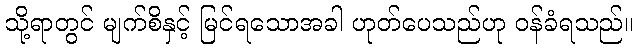
သို့ရာတွင် မျက်စိနှင့် မြင်ရသောအခါ ဟုတ်ပေသည်ဟု ဝန်ခံရသည်။